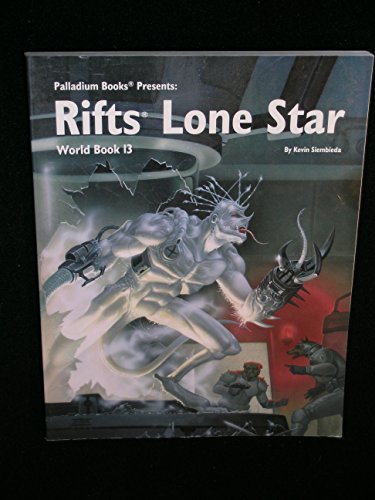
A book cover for Rifts World Book 13: Lone Star; Kevin Siembieda; Sports & Outdoors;